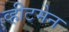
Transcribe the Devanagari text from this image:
व्हीटमेन